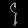
Digit: ၄